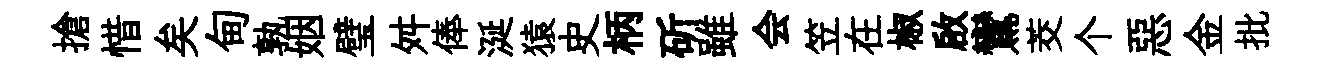
搶惜矣甸孰姻璧舛俸涎猿史柄斫雖会笠在椒啟鸞茭个惡金批